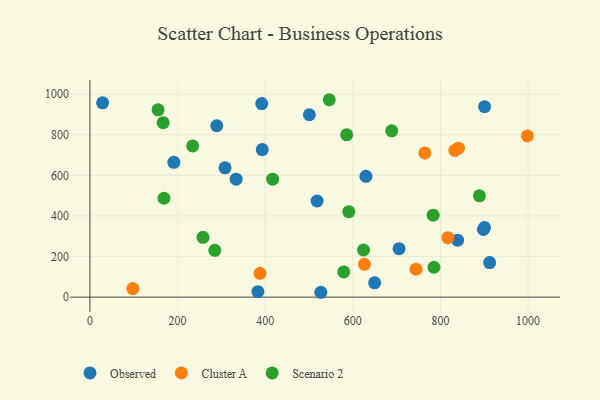
{"axis": {"x": "Price", "y": "Profit"}, "legend": ["Cluster A", "Observed", "Scenario 2"], "data": [{"x": "629.9", "y": 595.1, "type": "Observed"}, {"x": "191.6", "y": 664.3, "type": "Observed"}, {"x": "839.1", "y": 280.8, "type": "Observed"}, {"x": "308.3", "y": 637.2, "type": "Observed"}, {"x": "900.7", "y": 938.5, "type": "Observed"}, {"x": "518.4", "y": 473.7, "type": "Observed"}, {"x": "526.9", "y": 23.9, "type": "Observed"}, {"x": "393.3", "y": 727.1, "type": "Observed"}, {"x": "383.4", "y": 27.1, "type": "Observed"}, {"x": "705.5", "y": 238.6, "type": "Observed"}, {"x": "289.5", "y": 844.5, "type": "Observed"}, {"x": "900.4", "y": 343.1, "type": "Observed"}, {"x": "500.8", "y": 898.7, "type": "Observed"}, {"x": "392.1", "y": 953.5, "type": "Observed"}, {"x": "333.7", "y": 581.3, "type": "Observed"}, {"x": "912.2", "y": 170.4, "type": "Observed"}, {"x": "897.9", "y": 333.2, "type": "Observed"}, {"x": "29.0", "y": 957.6, "type": "Observed"}, {"x": "649.8", "y": 70.5, "type": "Observed"}, {"x": "626.5", "y": 161.4, "type": "Cluster A"}, {"x": "816.7", "y": 293.1, "type": "Cluster A"}, {"x": "998.3", "y": 794.3, "type": "Cluster A"}, {"x": "764.3", "y": 710.7, "type": "Cluster A"}, {"x": "841.0", "y": 733.9, "type": "Cluster A"}, {"x": "388.0", "y": 117.5, "type": "Cluster A"}, {"x": "98.1", "y": 42.2, "type": "Cluster A"}, {"x": "744.2", "y": 137.9, "type": "Cluster A"}, {"x": "832.7", "y": 722.7, "type": "Cluster A"}, {"x": "416.9", "y": 581.2, "type": "Scenario 2"}, {"x": "783.3", "y": 403.7, "type": "Scenario 2"}, {"x": "167.2", "y": 859.7, "type": "Scenario 2"}, {"x": "579.4", "y": 124.4, "type": "Scenario 2"}, {"x": "785.2", "y": 147.2, "type": "Scenario 2"}, {"x": "585.9", "y": 799.7, "type": "Scenario 2"}, {"x": "590.8", "y": 421.1, "type": "Scenario 2"}, {"x": "258.1", "y": 294.9, "type": "Scenario 2"}, {"x": "624.3", "y": 232.3, "type": "Scenario 2"}, {"x": "169.0", "y": 487.2, "type": "Scenario 2"}, {"x": "888.9", "y": 499.2, "type": "Scenario 2"}, {"x": "285.0", "y": 230.6, "type": "Scenario 2"}, {"x": "155.5", "y": 923.1, "type": "Scenario 2"}, {"x": "546.2", "y": 972.7, "type": "Scenario 2"}, {"x": "688.7", "y": 819.6, "type": "Scenario 2"}, {"x": "234.5", "y": 744.9, "type": "Scenario 2"}]}